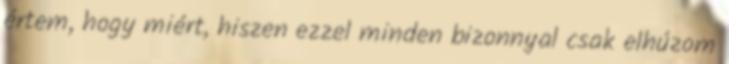
értem, hogy miért, hiszen ezzel minden bizonnyal csak elhúzom